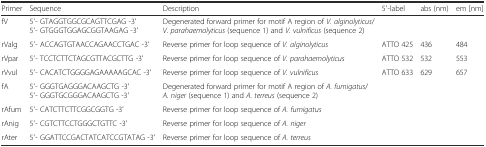
<table><thead><tr><td><b>Primer</b></td><td><b>Sequence</b></td><td><b>Description</b></td><td><b>5′-label</b></td><td><b>abs (nm)</b></td><td><b>em [nm]</b></td></tr></thead><tbody><tr><td>fV</td><td>5′- GTAGGTGGCGCAGTTCGAG -3′5′- GTGGGTGGAGCGGTAAGAG -3′</td><td>Degenerated forward primer for motif A region of <i>V. alginolyticus</i>/<i>V. parahaemolyticus</i> (sequence 1) and <i>V. vulnificus</i> (sequence 2)</td><td></td><td></td><td></td></tr><tr><td>rValg</td><td>5′- ACCAGTGTAACCAGAACCTGAC -3′</td><td>Reverse primer for loop sequence of <i>V. alginolyticus</i></td><td>ATTO 425</td><td>436</td><td>484</td></tr><tr><td>rVpar</td><td>5′- TCCTCTTCTAGCGTTACGCTTG -3′</td><td>Reverse primer for loop sequence of <i>V. parahaemolyticus</i></td><td>ATTO 532</td><td>532</td><td>553</td></tr><tr><td>rVvul</td><td>5′- CACATCTGGGGAGAAAAAGCAC -3′</td><td>Reverse primer for loop sequence of <i>V. vulnificus</i></td><td>ATTO 633</td><td>629</td><td>657</td></tr><tr><td>fA</td><td>5′- GGGTGAGGGACAAGCTG -3′5′- GGGTGCGGGACAAGCTG -3′</td><td>Degenerated forward primer for motif A region of <i>A. fumigatus</i>/<i>A. niger</i> (sequence 1) and <i>A. terreus</i> (sequence 2)</td><td></td><td></td><td></td></tr><tr><td>rAfum</td><td>5′- CATCTTCTTCGGCGGTG -3′</td><td>Reverse primer for loop sequence of <i>A. fumigatus</i></td><td></td><td></td><td></td></tr><tr><td>rAnig</td><td>5′- CGTCTTCCTGGGCTGTTC -3′</td><td>Reverse primer for loop sequence of <i>A. niger</i></td><td></td><td></td><td></td></tr><tr><td>rAter</td><td>5′- GGATTCCGACTATCATCCGTATAG -3′</td><td>Reverse primer for loop sequence of <i>A. terreus</i></td><td></td><td></td><td></td></tr></tbody></table>